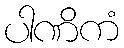
ပါဏိကံ